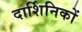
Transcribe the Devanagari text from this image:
दार्शिनिकों